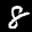
Digit: 8